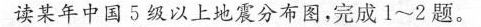
读某年中国5级以上地震分布图，完成1~2题。